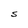
Character: S